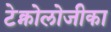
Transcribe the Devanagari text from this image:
टेक्नोलोजीका